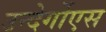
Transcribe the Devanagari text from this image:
उन्देर्गोएस